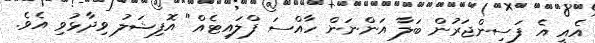
އެއީ އެ ފަސިންޖަރުން ބަލާ އަންނަން ހާއްސަ ފްލައިޓެއް" އޮފިޝަލު ވިދާޅުވި އެވެ.